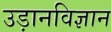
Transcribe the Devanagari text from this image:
उड़ानविज्ञान